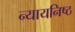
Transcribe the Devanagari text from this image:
न्यायनिष्ठ